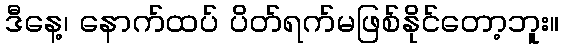
ဒီနေ့၊ နောက်ထပ် ပိတ်ရက်မဖြစ်နိုင်တော့ဘူး။